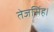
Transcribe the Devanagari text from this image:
तेजसिंह।